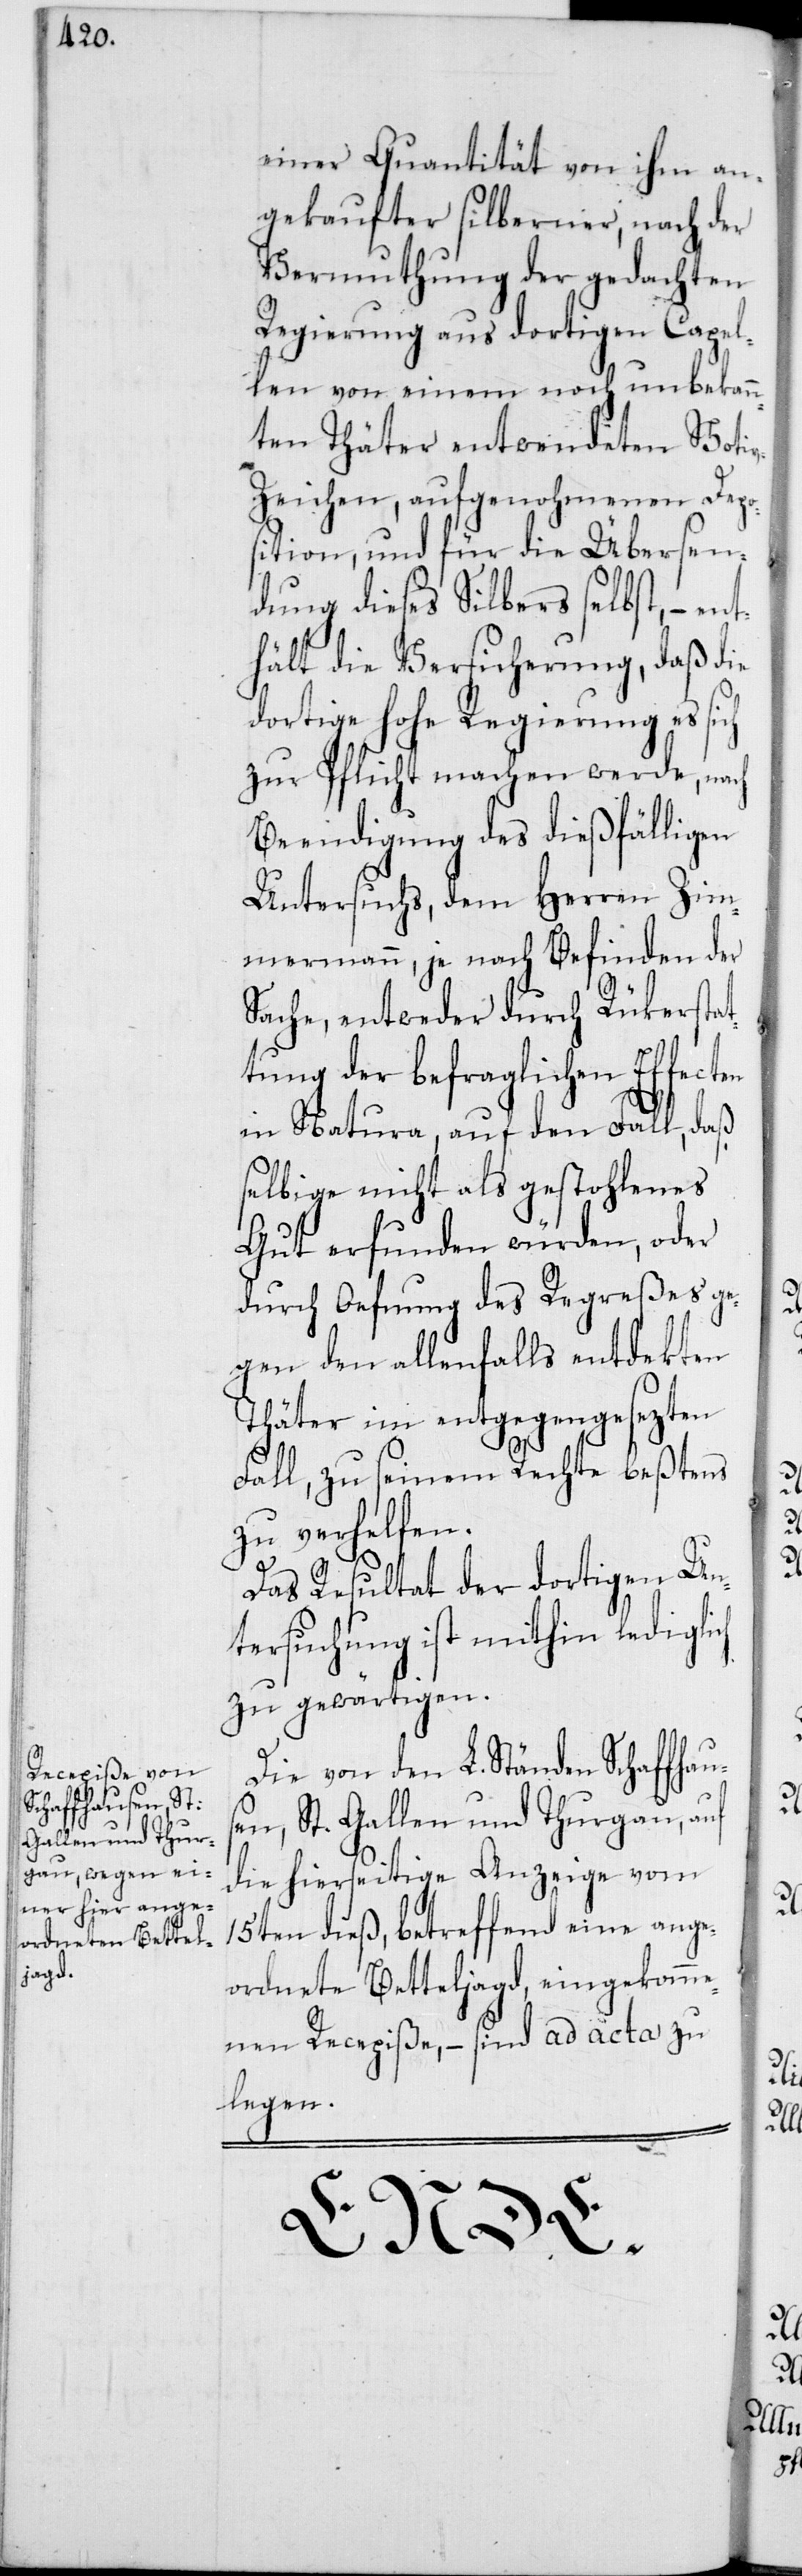
einer Quantität von ihm an¬
gekaufter silberner, nach der
Vermuthung der gedachten
Regierung aus dortigen Capel¬
len von einem noch unbekan¬
nten Thäter entwendeten Voti¬
v-Zeichen, aufgenohmenen Depo¬
sition, und für die Übersen¬
dung dieses Silbers selbst, – en¬
thält die Versicherung, daß die
dortige hohe Regierung es
zur Pflicht machen werde, nach
Beendigung des dießfälligen
Untersuchs, dem Herren Zim¬
mermann, je nach Befinden der
Sache, entweder durch Rükerstat¬
tung der befraglichen Effecten
in Natura, auf den Fall, daß
selbige nicht als gestohlenes
Gut erfunden würden, oder
durch Oefnung des Regreßes ge¬
gen den allenfalls entdekten
Thäter im entgegengesezten
Fall, zu seinem Rechte beßtens
zu verhelfen.
Das Resultat der dortigen Un¬
tersuchung ist mithin lediglich
zu gewärtigen.
Die von den L. Ständen Schaffhau¬
sen, St. Gallen und Thurgau, auf
die hierseitige Anzeige vom
15ten dieß, betreffend eine ange¬
ordnete Betteljagd, eingekomme¬
nen Recepiße, – sind ad acta zu
legen.